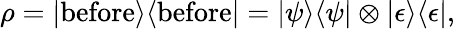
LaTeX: \rho=|{\mathrm{before}}\rangle\langle{\mathrm{before}}|=|\psi\rangle\langle\psi|\otimes|\epsilon\rangle\langle\epsilon|,